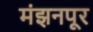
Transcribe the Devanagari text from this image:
मंझनपूर